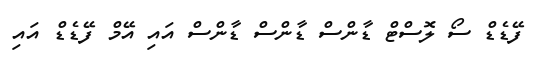
ފޭޑެޑް ސޯ ލޮސްޓް ޑާންސް ޑާންސް ޑާންސް އައި އޭމް ފޭޑެޑް އައި